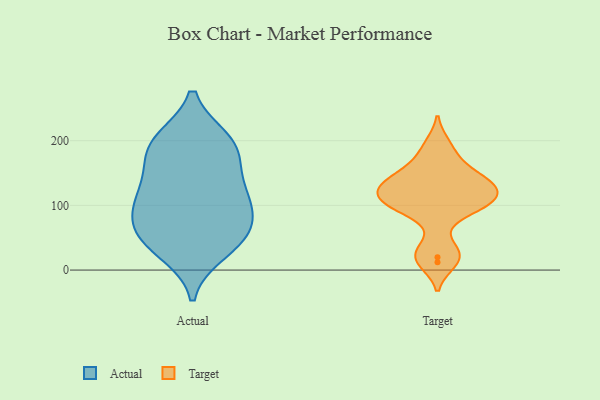
{"axis": {"x": "Gross Profit (USD K)", "y": "Value"}, "legend": ["Actual", "Target"], "data": [{"x": "", "y": 52, "type": "Actual"}, {"x": "", "y": 183, "type": "Actual"}, {"x": "", "y": 76, "type": "Actual"}, {"x": "", "y": 104, "type": "Actual"}, {"x": "", "y": 200, "type": "Actual"}, {"x": "", "y": 148, "type": "Actual"}, {"x": "", "y": 53, "type": "Actual"}, {"x": "", "y": 197, "type": "Actual"}, {"x": "", "y": 29, "type": "Actual"}, {"x": "", "y": 91, "type": "Actual"}, {"x": "", "y": 45, "type": "Actual"}, {"x": "", "y": 119, "type": "Actual"}, {"x": "", "y": 192, "type": "Actual"}, {"x": "", "y": 120, "type": "Actual"}, {"x": "", "y": 105, "type": "Target"}, {"x": "", "y": 119, "type": "Target"}, {"x": "", "y": 194, "type": "Target"}, {"x": "", "y": 12, "type": "Target"}, {"x": "", "y": 171, "type": "Target"}, {"x": "", "y": 90, "type": "Target"}, {"x": "", "y": 20, "type": "Target"}, {"x": "", "y": 119, "type": "Target"}, {"x": "", "y": 145, "type": "Target"}, {"x": "", "y": 136, "type": "Target"}, {"x": "", "y": 100, "type": "Target"}, {"x": "", "y": 34, "type": "Target"}, {"x": "", "y": 142, "type": "Target"}, {"x": "", "y": 129, "type": "Target"}, {"x": "", "y": 103, "type": "Target"}]}